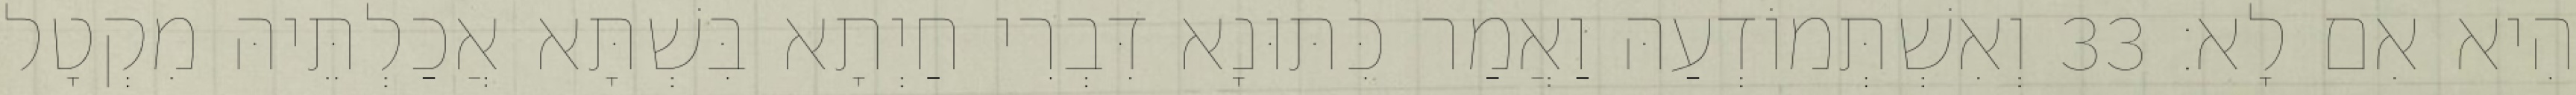
הִיא אִם לָא׃ 33 וְאִשְׁתְּמוֹדְעַהּ וַאֲמַר כִּתּוּנָא דִּבְרִי חַיְתָא בִּשְׁתָּא אֲכַלְתֵּיהּ מִקְטָל